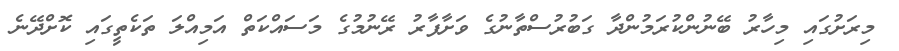
މިރަށުގައި މިހާރު ބޭނުންކުރަމުންދާ ގަބުރުސްތާނުގެ ވަށާފާރު ރޭނުމުގެ މަސައްކަތް އަމިއްލަ ތަކެތީގައި ކޮށްދޭނެ